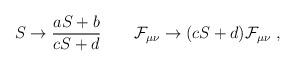
LaTeX: \begin{align*}S\to {aS+b\over cS+d}\qquad {\cal F}_{\mu\nu}\to (cS+d){\cal F}_{\mu\nu}\ ,\end{align*}